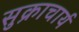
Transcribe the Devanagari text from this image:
सुक्राचार्य